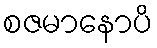
စဇမာနောပိ